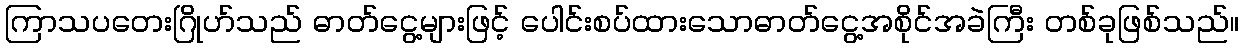
ကြာသပတေးဂြိုဟ်သည် ဓာတ်ငွေ့များဖြင့် ပေါင်းစပ်ထားသောဓာတ်ငွေ့အစိုင်အခဲကြီး တစ်ခုဖြစ်သည်။